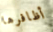
أظافرها